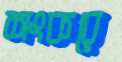
শংকরে